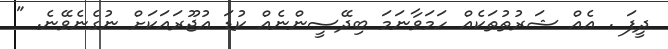
ދީފަ . އެއް ޝަރުތުތަކެއް ހަމަވާނަމަ ބިދޭސީންނެއް ކުޑަ އުޖޫރައަކަށް ނުގެނެވޭނެ. "